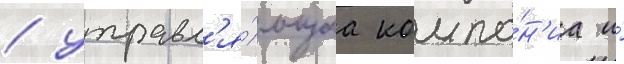
/ управл'я́ющаа компа́н'иа и́